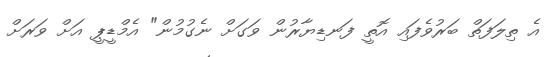
އެ ތިލަފަތް ބަރުވެފައި އޮތީ ފަނޑިޔާރުން ވަގަށް ނެގުމުން" އެމްޑީޕީ އަށް ވަރަށް